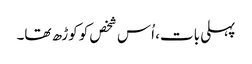
پہلی بات، اُس شخص کو کوڑھ تھا۔